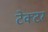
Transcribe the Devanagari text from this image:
टेक्टर